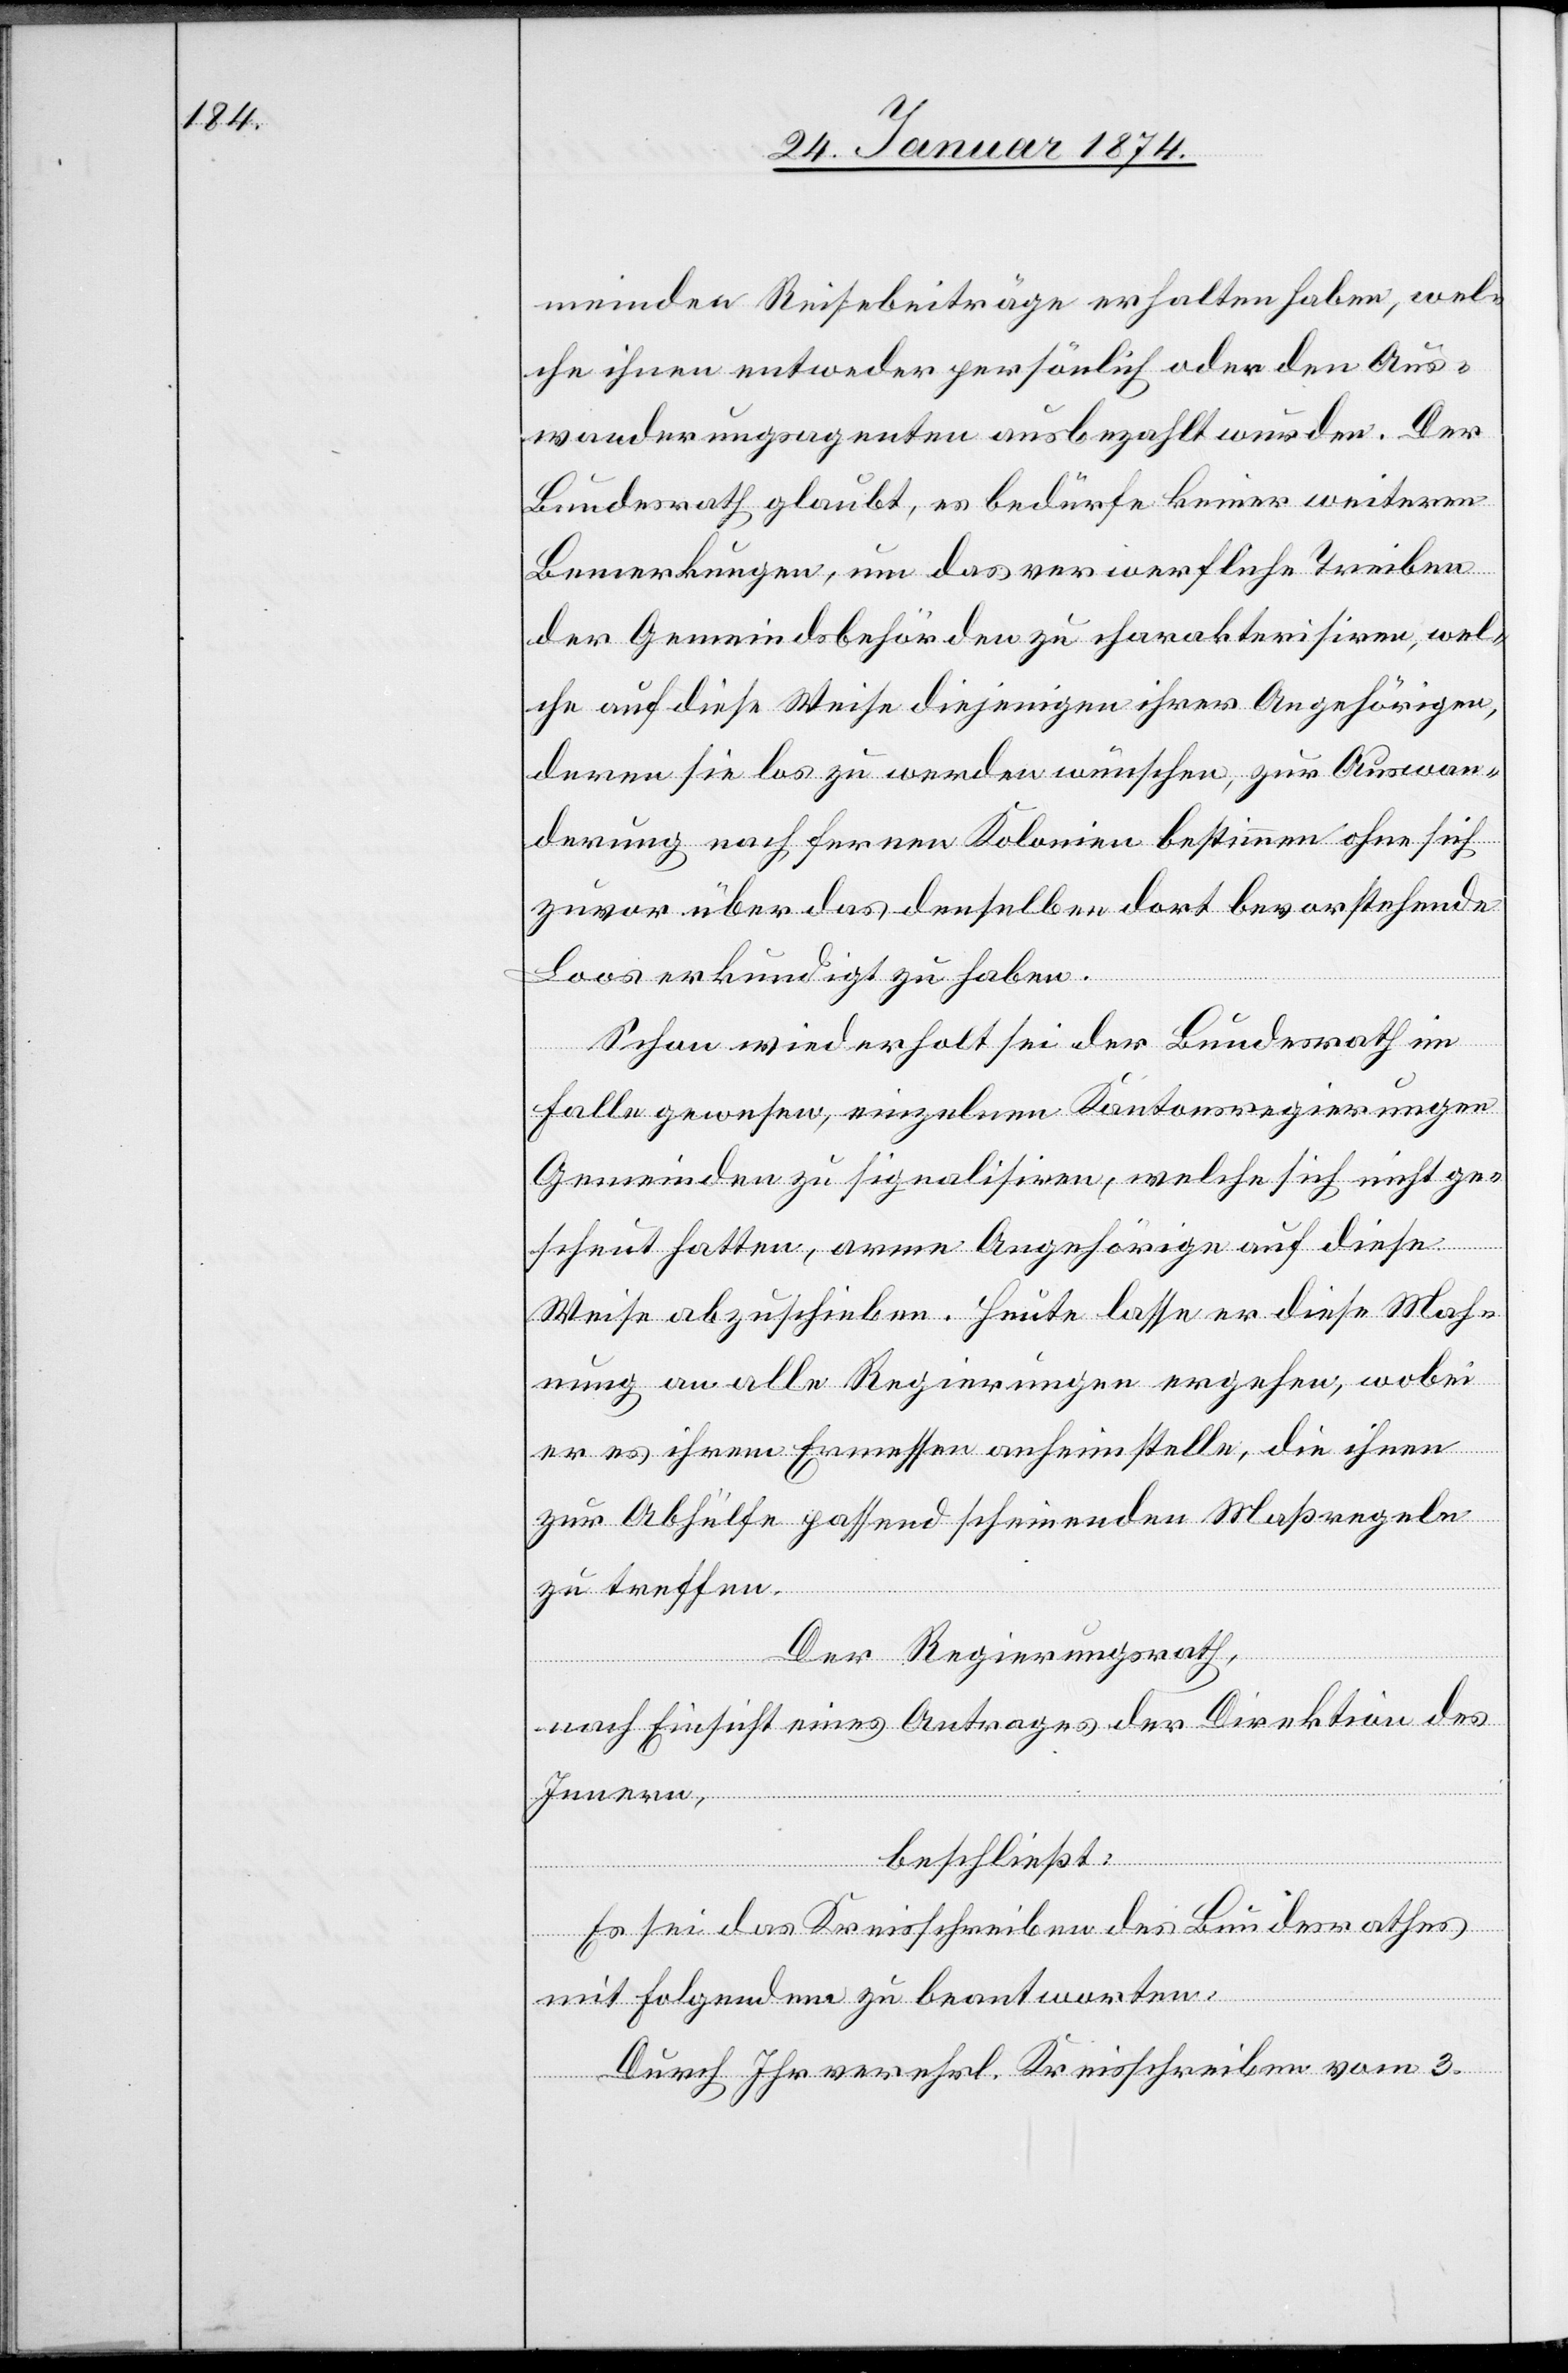
meinden Reisebeiträge erhalten haben, wel¬
che ihnen entweder persönlich oder den Aus¬
wanderungsagenten ausbezahlt wurden. Der
Bundesrath glaubt, es bedürfe keiner weiteren
Bemerkungen, um das verwerfliche Treiben
der Gemeindsbehörden zu charakterisiren, wel¬
che auf diese Weise diejenigen ihrer Angehörigen,
deren sie los zu werden wünschen, zur Auswan¬
derung nach fernen Kolonien bestimmen ohne sich
zuvor über das denselben dort bevorstehende
Loos erkundigt zu haben.
Schon wiederholt sei der Bundesrath im
Falle gewesen, einzelnen Kantonsregierungen
Gemeinden zu signalisiren, welche sich nicht ge¬
scheut hatten, arme Angehörige auf diese
Weise abzuschieben. Heute lasse er diese Mah¬
nung an alle Regierungen ergehen, wobei
er es ihrem Ermessen anheimstelle, die ihnen
zur Abhülfe passend scheinenden Maßregeln
zu treffen.
Der Regierungsrath,
nach Einsicht eines Antrages der Direktion des
Innern,
beschließt:
Es sei das Kreisschreiben des Bundesrathes
mit Folgendem zu beantworten:
Durch Ihr verehrt. Kreisschreiben vom 3.